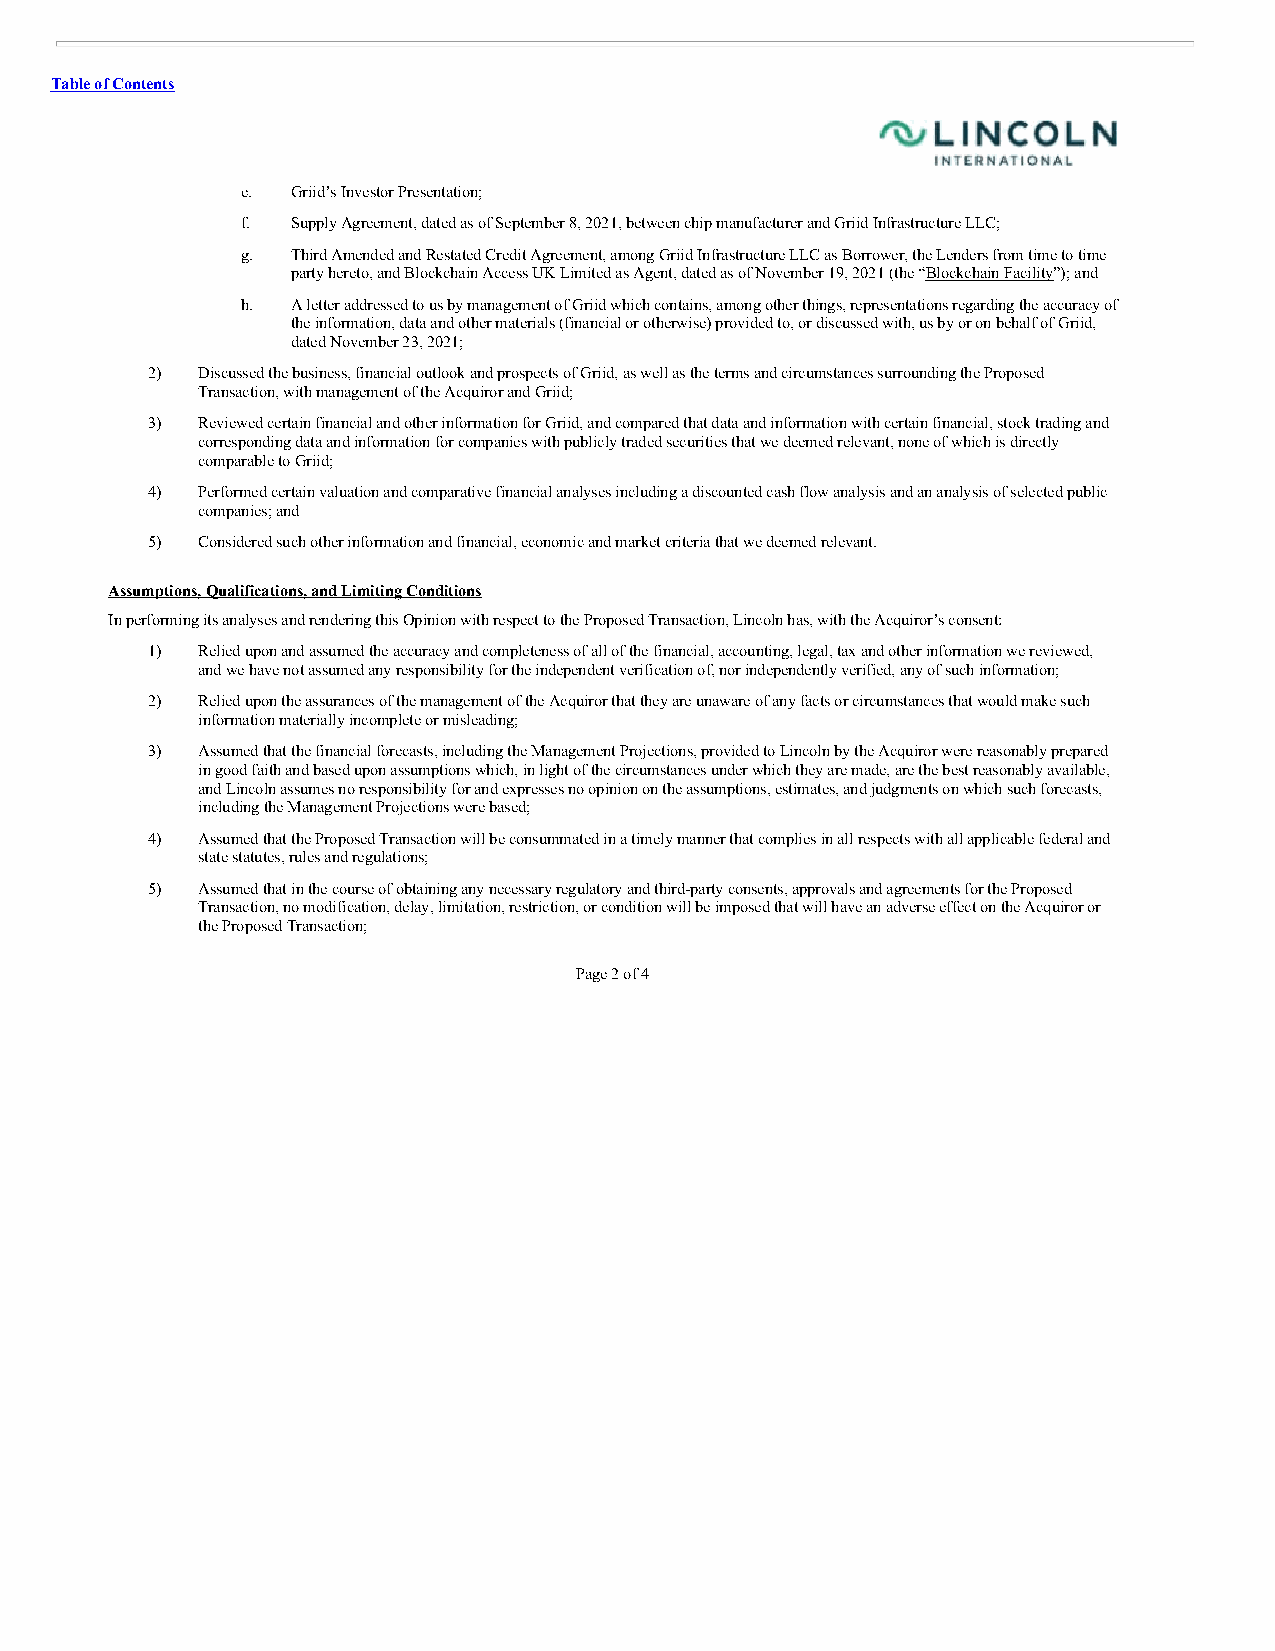
Table of Contents
 e. Griid’s Investor Presentation;
 f. Supply Agreement, dated as of September 8, 2021, between chip manufacturer and Griid Infrastructure LLC;
 g. Third Amended and Restated Credit Agreement, among Griid Infrastructure LLC as Borrower, the Lenders from time to time
 party hereto, and Blockchain Access UK Limited as Agent, dated as of November 19, 2021 (the “Blockchain Facility”); and
 h. A letter addressed to us by management of Griid which contains, among other things, representations regarding the accuracy of
 the information, data and other materials (financial or otherwise) provided to, or discussed with, us by or on behalf of Griid,
 dated November 23, 2021;
 2) Discussed the business, financial outlook and prospects of Griid, as well as the terms and circumstances surrounding the Proposed
 Transaction, with management of the Acquiror and Griid;
 3) Reviewed certain financial and other information for Griid, and compared that data and information with certain financial, stock trading and
 corresponding data and information for companies with publicly traded securities that we deemed relevant, none of which is directly
 comparable to Griid;
 4) Performed certain valuation and comparative financial analyses including a discounted cash flow analysis and an analysis of selected public
 companies; and
 5) Considered such other information and financial, economic and market criteria that we deemed relevant.
 Assumptions, Qualifications, and Limiting Conditions
 In performing its analyses and rendering this Opinion with respect to the Proposed Transaction, Lincoln has, with the Acquiror’s consent:
 1) Relied upon and assumed the accuracy and completeness of all of the financial, accounting, legal, tax and other information we reviewed,
 and we have not assumed any responsibility for the independent verification of, nor independently verified, any of such information;
 2) Relied upon the assurances of the management of the Acquiror that they are unaware of any facts or circumstances that would make such
 information materially incomplete or misleading;
 3) Assumed that the financial forecasts, including the Management Projections, provided to Lincoln by the Acquiror were reasonably prepared
 in good faith and based upon assumptions which, in light of the circumstances under which they are made, are the best reasonably available,
 and Lincoln assumes no responsibility for and expresses no opinion on the assumptions, estimates, and judgments on which such forecasts,
 including the Management Projections were based;
 4) Assumed that the Proposed Transaction will be consummated in a timely manner that complies in all respects with all applicable federal and
 state statutes, rules and regulations;
 5) Assumed that in the course of obtaining any necessary regulatory and third-party consents, approvals and agreements for the Proposed
 Transaction, no modification, delay, limitation, restriction, or condition will be imposed that will have an adverse effect on the Acquiror or
 the Proposed Transaction;
 Page 2 of 4